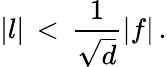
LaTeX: \vert l\vert\, <\, {\frac{1}{\sqrt{d}}}\vert f\vert\, .